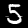
Digit: 5